Punjab Mental Hospital Lahore 1932-46 - 1932-1946
Year: 1932
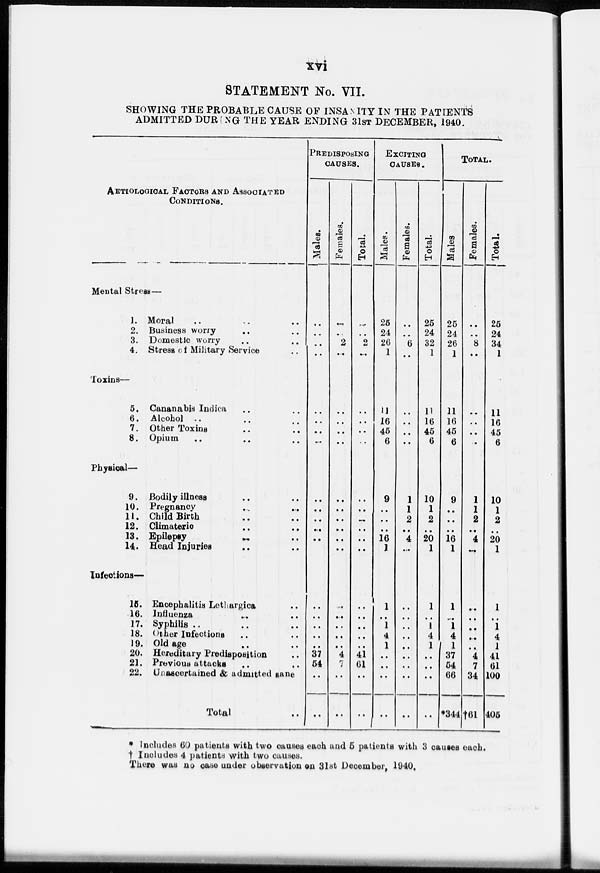
xvi
STATEMENT No. VII.
SHOWING THE PROBABLE CAUSE OF INSANITY IN THE PATIENTS
ADMITTED DURING THE YEAR ENDING 31ST DECEMBER, 1940.
AETIOLOGICAL FACTORS AND ASSOCIATED
CONDITIONS.
Mental Stress—
1. Moral
2. Business worry
3. Domestic worry
4. Stress of Military Service
Toxins—
5, Cananabis Indica
6. Alcohol ..
7. Other Toxins
8. Opium
Physical—
9. Bodily illness
10. Pregnancy
11. Child Birth
12. Climacteric
13. Epilepsy
..
14. Head Injuries
Infections—
15. Encephalitis Lethargica
16. Influenza
17. Syphilis ..
18. Other Infections
19. Old age
20. Hereditary Predisposition
21. Previous attacks
22. Unascertained & admitted sane
Total
PREDISPOSING
CAUSES.
Males.
..
..
..
..
..
..
..
..
..
..
..
..
..
..
..
..
..
..
..
37
54
..
..
Females.
..
..
2
..
..
..
..
..
..
..
..
..
..
..
..
..
..
..
..
4
7
..
..
Total.
..
..
2
..
..
..
..
..
..
..
..
..
..
..
..
..
..
..
..
41
61
..
..
EXCITING
CAUSES.
Males.
25
24
26
1
11
16
45
6
9
..
..
16
1
1
..
1
4
1
..
..
..
..
Females.
..
..
6
..
..
..
..
..
1
1
2
..
4
..
..
..
..
..
..
..
..
..
..
Total.
25
24
32
1
11
16
45
6
10
1
2
..
20
1
1
..
1
4
1
..
..
..
..
TOTAL.
Males
25
24
26
1
11
16
45
6
9
..
..
16
1
1
..
1
4
1
37
54
66
*344
Females.
..
..
8
..
..
..
..
..
1
1
2
4
..
..
..
..
..
..
4
7
34
†61
Total.
25
24
34
1
11
16
45
6
10
1
2
20
1
1
..
1
4
1
41
61
100
405
* Includes 60 patients with two causes each and 5 patients with 3 causes each.
† Includes 4 patients with two causes.
There was no case under observation on 31st December, 1940,